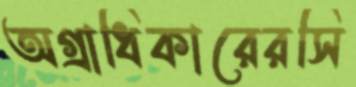
অগ্রাধিকারেরসি